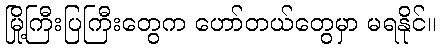
မြို့ကြီးပြကြီးတွေက ဟော်တယ်တွေမှာ မရနိုင်။